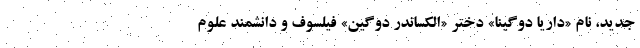
جدید، نام «داریا دوگینا» دختر «الکساندر دوگین» فیلسوف و دانشمند علوم